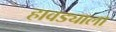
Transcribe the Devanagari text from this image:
हावड्याला